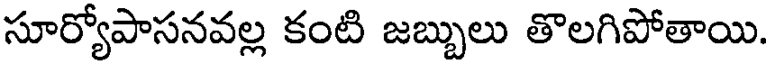
సూర్యోపాసనవల్ల కంటి జబ్బులు తొలగిపోతాయి.